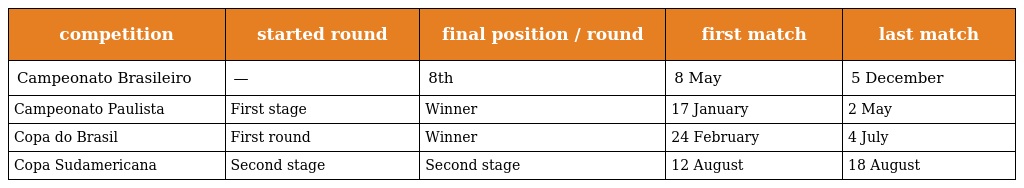
| competition | started round | final position / round | first match | last match |
 | --- | --- | --- | --- | --- |
 | Campeonato Brasileiro | — | 8th | 8 May | 5 December |
 | Campeonato Paulista | First stage | Winner | 17 January | 2 May |
 | Copa do Brasil | First round | Winner | 24 February | 4 July |
 | Copa Sudamericana | Second stage | Second stage | 12 August | 18 August |